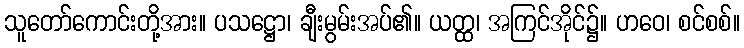
သူတော်ကောင်းတို့အား။ ပသဋ္ဌော၊ ချီးမွမ်းအပ်၏။ ယတ္ထ၊ အကြင်အိုင်၌။ ဟဝေ၊ စင်စစ်။